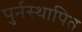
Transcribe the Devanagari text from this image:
पुर्नस्‍थापित